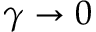
\gamma \to 0